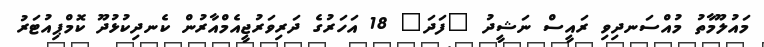
މައުލޫމާތު މުއްސަނދިވި ރައީސް ނަޝީދު "ފަދަ" 18 އަހަރުގެ ދަރިވަރުޖީއެމްއާރުން ކެނދިކުޅުދޫ ކޮމްޕިއުޓަރު